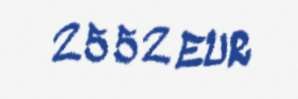
2552 EUR